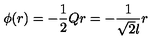
\phi ( r ) = - \frac 1 2 Q r = - \frac { 1 } { \sqrt { 2 } l } r